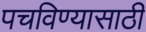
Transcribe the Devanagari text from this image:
पचविण्यासाठी